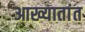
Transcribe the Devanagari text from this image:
आख्यातांत